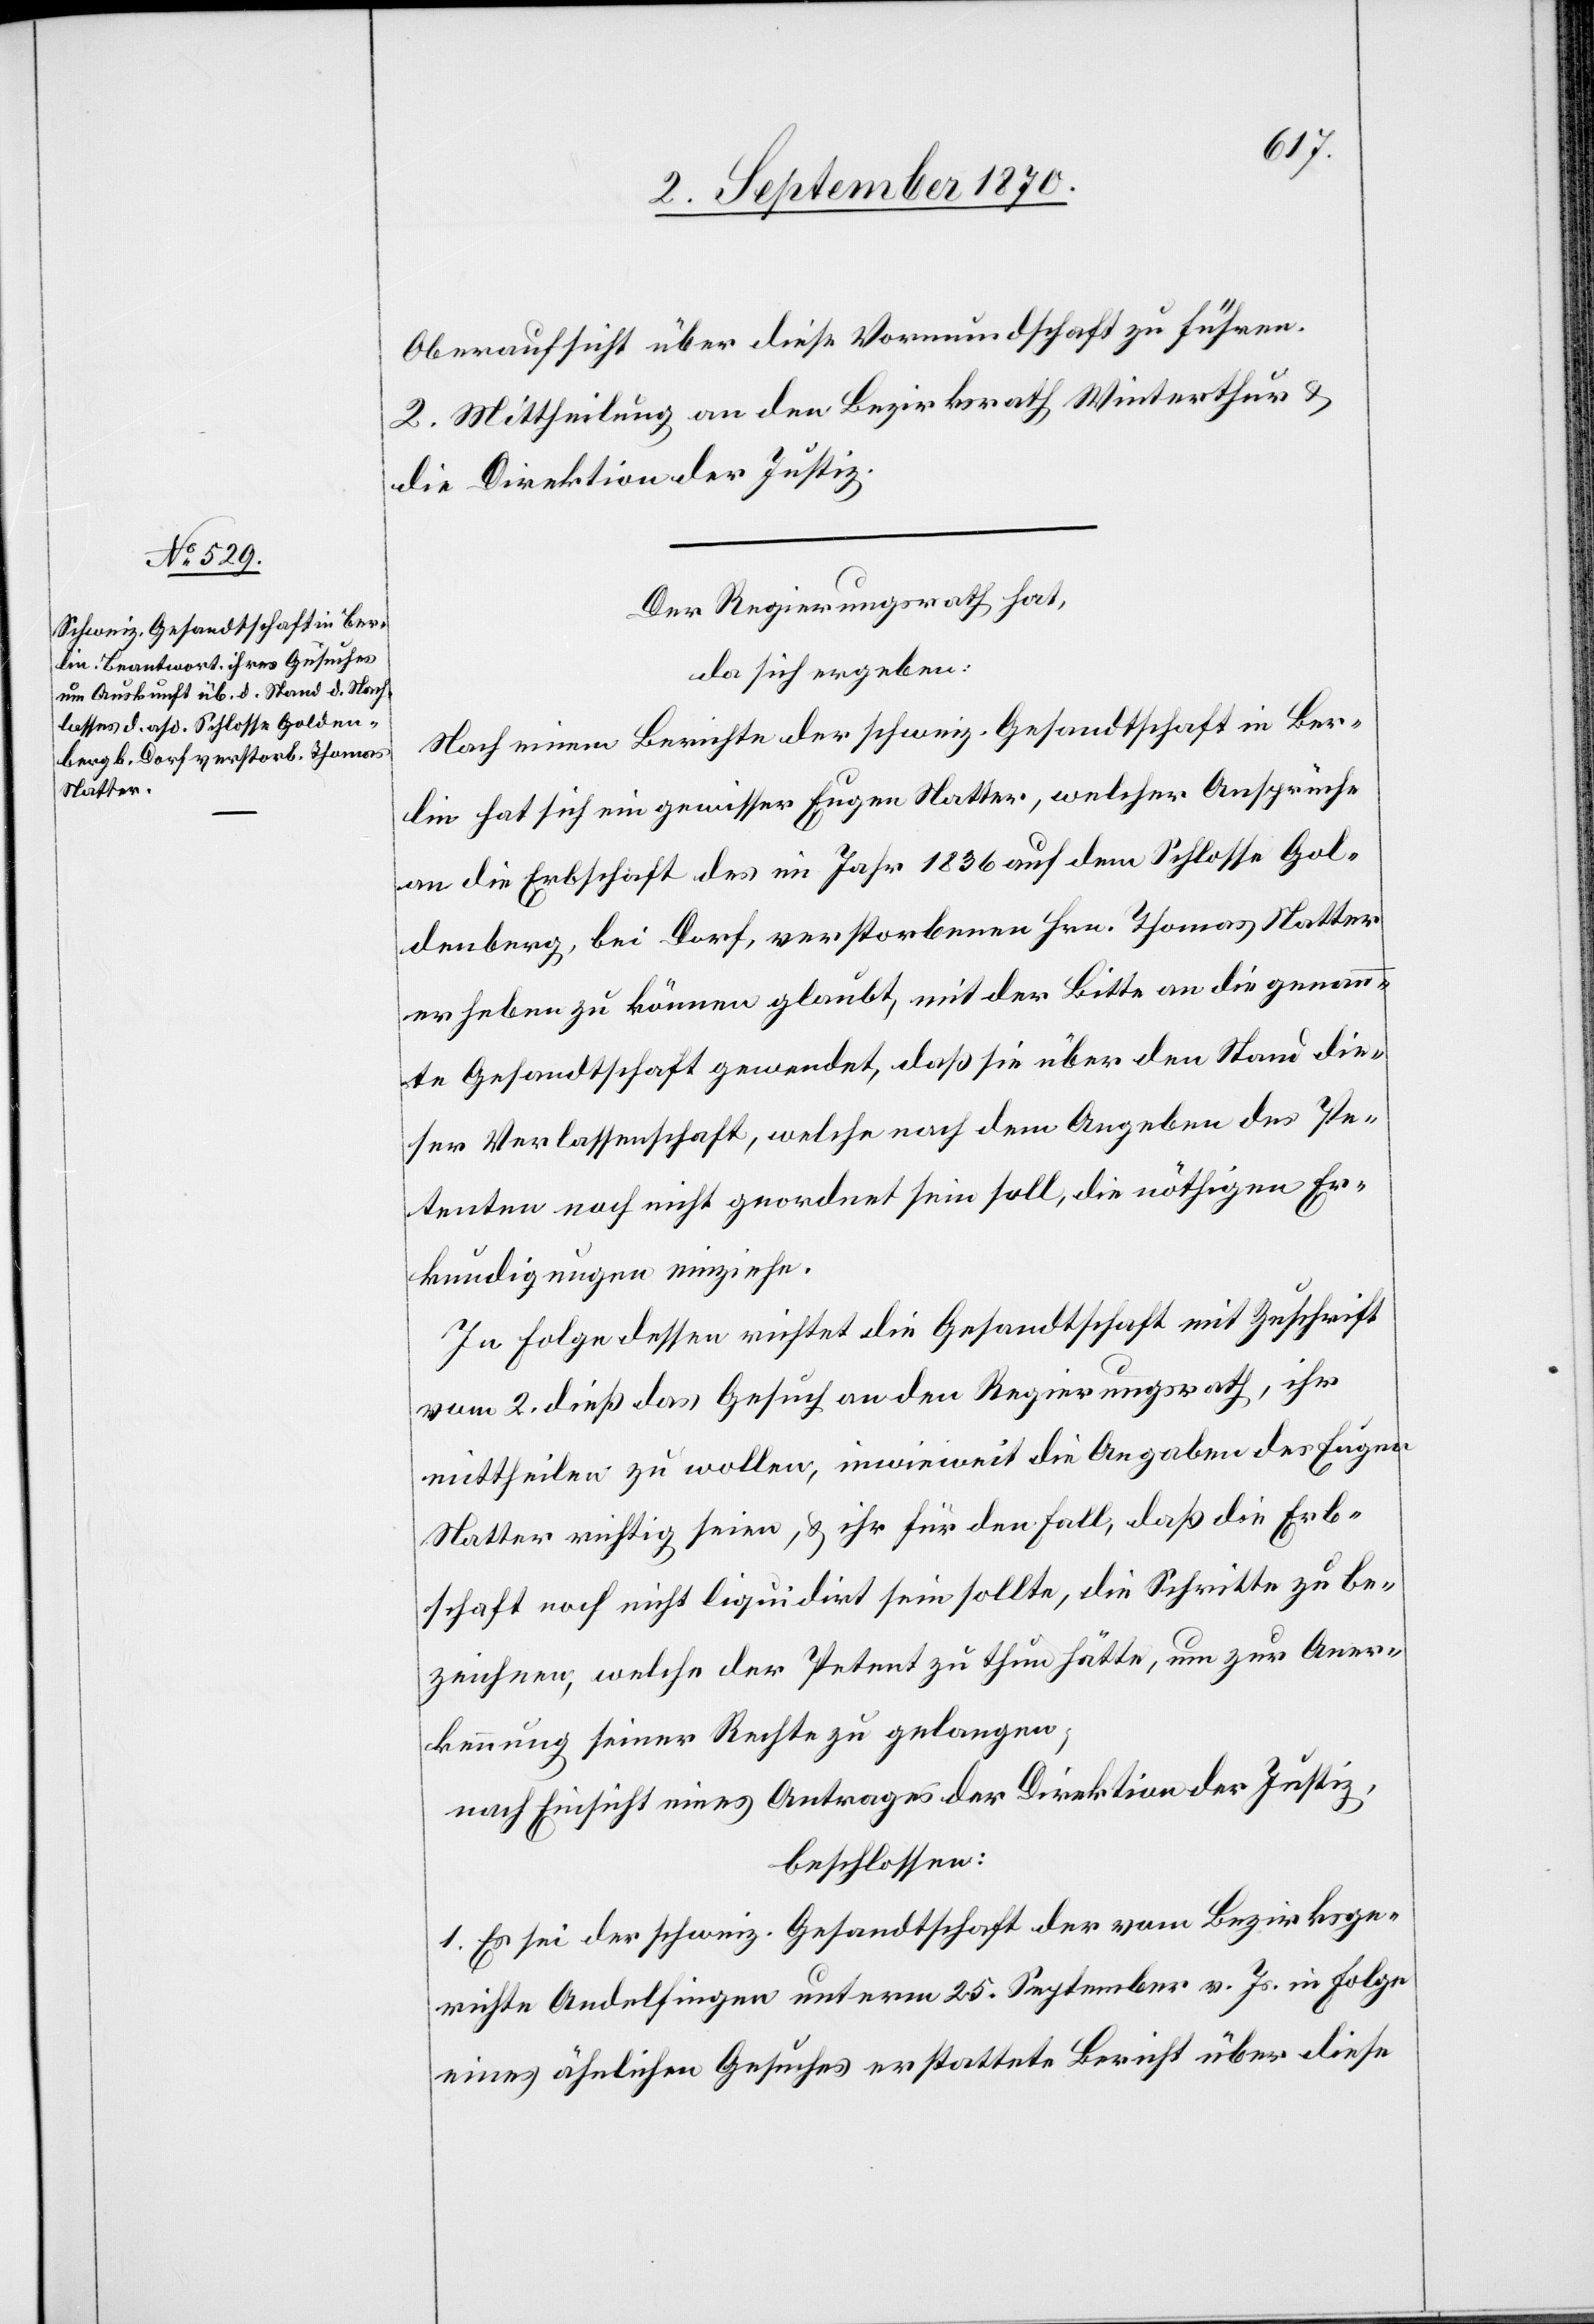
Oberaufsicht über diese Vormundschaft zu führen.
2. Mittheilung an den Bezirksrath Winterthur &
die Direktion der Justiz.
Der Regierungsrath hat,
da sich ergeben:
Nach einem Berichte der schweiz. Gesandtschaft in Ber¬
lin hat sich ein gewisser Eugen Natter, welcher Ansprüche
an die Erbschaft des im Jahr 1836 auf dem Schlosse Gol¬
denberg, bei Dorf, verstorbenen Hrn. Thomas Natter
erheben zu können glaubt, mit der Bitte an die genann¬
te Gesandtschaft gewendet, daß die über den Stand die¬
ser Verlassenschaft, welche nach dem Angeben des Pe¬
tenten noch nicht geordnet sein soll, die nöthigen Er¬
kundigungen einziehe.
In Folge dessen richtet die Gesandtschaft mit Zuschrift
vom 2. dieß das Gesuch an den Regierungsrath, ihr
mittheilen zu wollen, inwieweit die Angaben des Eugen
Natter richtig seien, & ihr für den Fall, daß die Erb¬
schaft noch nicht liquidirt sein sollte, die Schritte zu be¬
zeichnen, welche der Petent zu thun hätte, um zur Aner¬
kennung seiner Rechte zu gelangen;
nach Einsicht eines Antrages der Direktion der Justiz,
beschlossen:
1. Es sei der schweiz. Gesandtschaft der vom Bezirksge¬
richte Andelfingen unterm 25. September v. Js. in Folge
eines ähnlichen Gesuches erstattete Bericht über diese